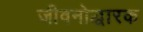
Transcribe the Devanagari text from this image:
जीवनोद्धारक